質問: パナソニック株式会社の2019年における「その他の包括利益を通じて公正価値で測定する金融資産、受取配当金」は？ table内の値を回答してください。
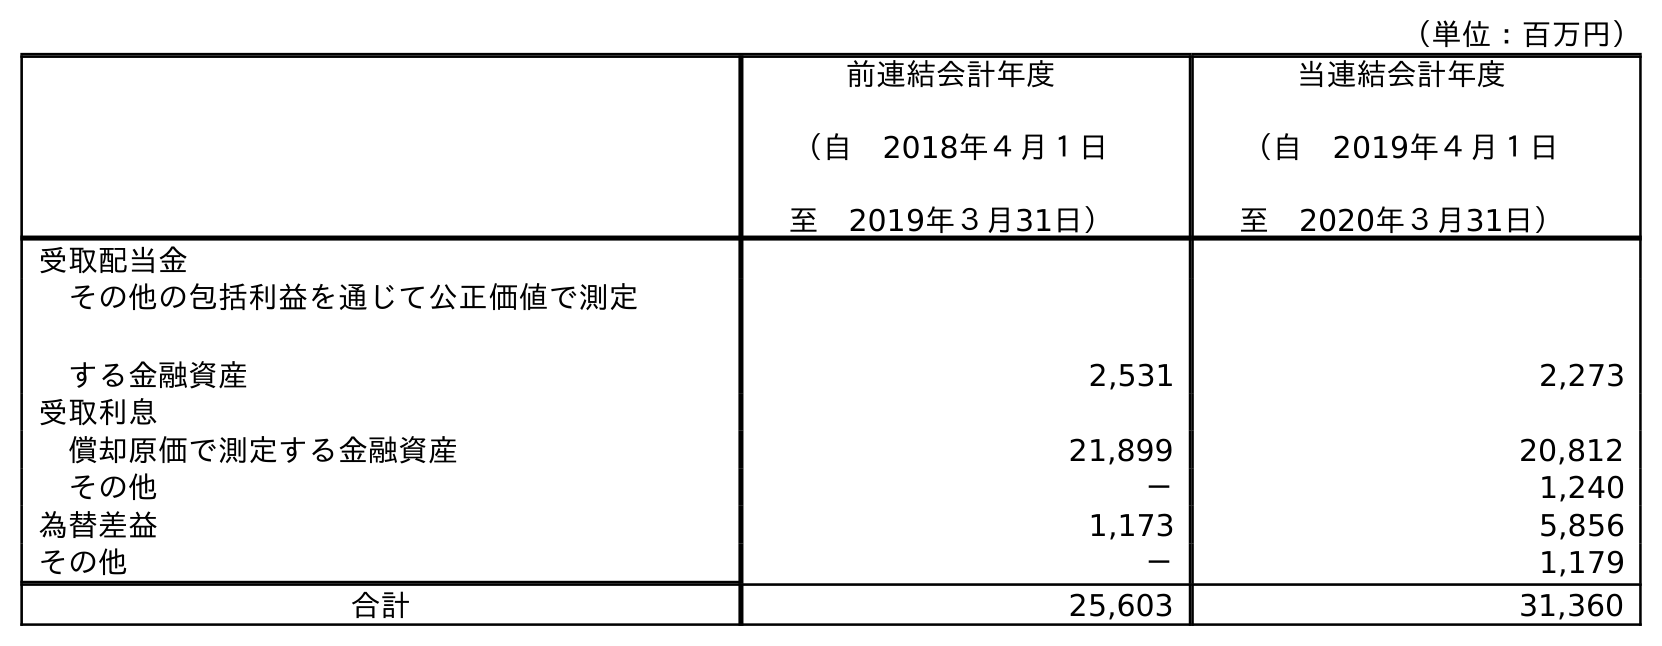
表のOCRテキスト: （単位：百万円） 前連結会計年度 （自 2018年４月１日 至 2019年３月31日） 当連結会計年度 （自 2019年４月１日 至 2020年３月31日） 受取配当金 その他の包括利益を通じて公正価値で測定 する金融資産 2,531 2,273 受取利息 償却原価で測定する金融資産 21,899 20,812 その他 － 1,240 為替差益 1,173 5,856 その他 － 1,179 合計 25,603 31,360
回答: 2,531